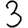
Digit: 3